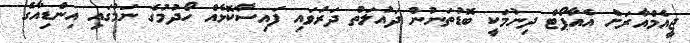
ޖީއެމްއާރަށް އެއާޕޯޓް ދިނުމަކީ ބޮޑުތަނުން ދައުލަތް ދަރުވައި ފައިސާކޮޅެއް ހޯދުމުގެ ނަމުގައި އިންޑިއާގެ